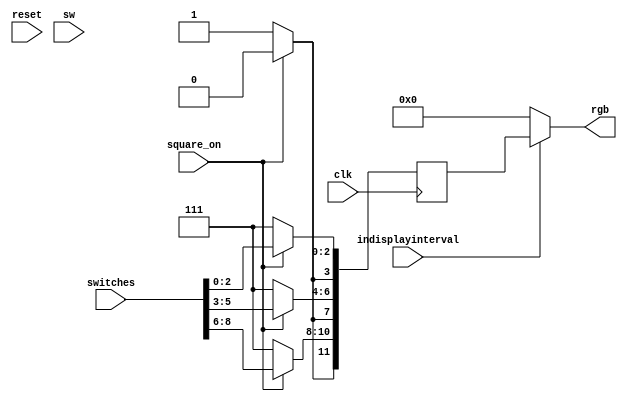

module render(
	input clk, reset,
	input sw,
	input indisplayinterval,
	input square_on,
	output [11:0]rgb,
	input [8:0] switches
	);
	
	reg [11:0] rgb_reg;
	
	always @(posedge clk)
	begin
			if(square_on)
			begin
				rgb_reg[11] = 1'b0;
				rgb_reg[7] = 1'b0;
				rgb_reg[3] = 1'b0;
				
				rgb_reg[10:8] = switches[8:6];
				rgb_reg[6:4] = switches[5:3];
				rgb_reg[2:0] = switches[2:0];
				
				//rgb_reg <= 12'b000011110000; //red
			end
			else
				rgb_reg <= 12'b111111111111;
			//end
	end
	
	assign rgb = (indisplayinterval) ? rgb_reg : 12'b000000000000;
	
endmodule